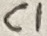
Text: C1